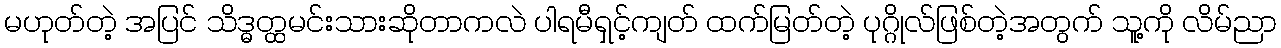
မဟုတ်တဲ့ အပြင် သိဒ္ဓတ္ထမင်းသားဆိုတာကလဲ ပါရမီရှင့်ကျတ် ထက်မြတ်တဲ့ ပုဂ္ဂိုလ်ဖြစ်တဲ့အတွက် သူ့ကို လိမ်ညာ